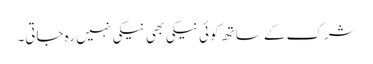
شرک کے ساتھ کوئی نیکی بھی نیکی نہیں رہ جاتی۔